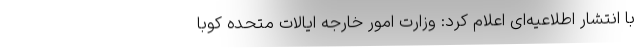
با انتشار اطلاعیه‌ای اعلام کرد: وزارت امور خارجه ایالات متحده کوبا